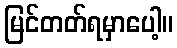
မြင်တတ်ရမှာပေါ့။